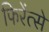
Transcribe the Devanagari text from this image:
फिरेंत्से